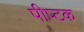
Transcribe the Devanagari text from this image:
पीप्टक